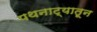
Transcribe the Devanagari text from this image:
पथनाट्यातून